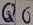
Text: Q6